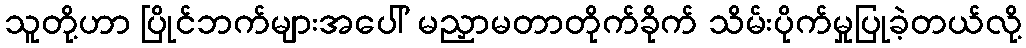
သူတို့ဟာ ပြိုင်ဘက်များအပေါ် မညှာမတာတိုက်ခိုက် သိမ်းပိုက်မှုပြုခဲ့တယ်လို့